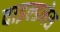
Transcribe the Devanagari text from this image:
वाइल्डनेस